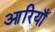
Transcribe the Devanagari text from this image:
आरियाँ